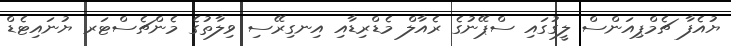
ޔުއެފާ ޗެމްޕިއަންސް ލީގުގައި ސްޕޭނުގެ ރެއާލް މެޑްރިޑާއި އިނގިރޭސި ވިލާތުގެ މެންޗެސްޓަރ ޔުނައިޓެޑް